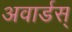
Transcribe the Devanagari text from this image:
अवार्डस्